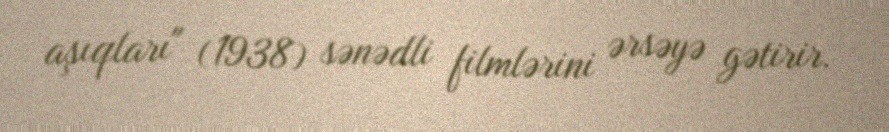
aşıqları" (1938) sənədli filmlərini ərsəyə gətirir.